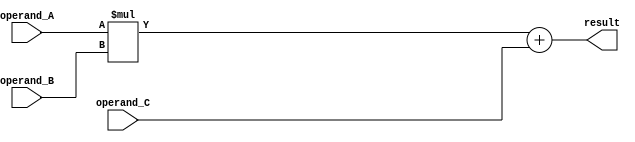
module fused_multiply_add (
    input wire [31:0] operand_A,
    input wire [31:0] operand_B,
    input wire [31:0] operand_C,
    output reg [31:0] result
);

    reg [31:0] product;
    reg [31:0] sum;

    always @(*) begin
        product = operand_A * operand_B;
        sum = product + operand_C;
        result = sum;
    end

endmodule